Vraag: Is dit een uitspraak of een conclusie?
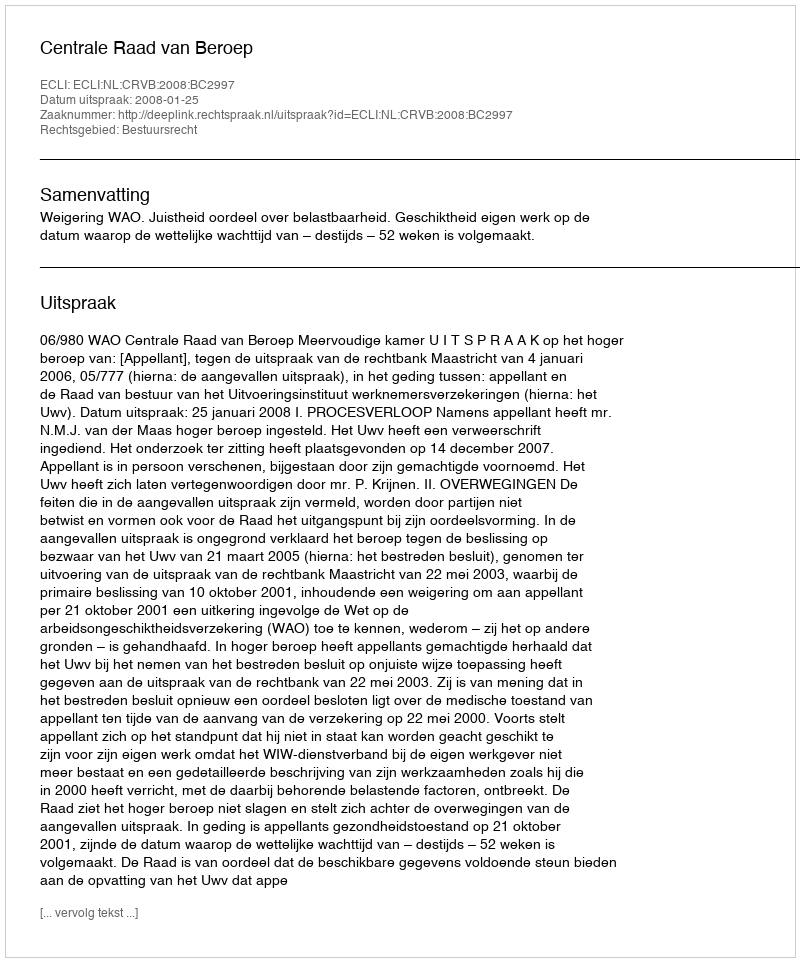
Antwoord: Uitspraak